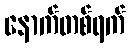
နောက်တစ်ရက်